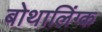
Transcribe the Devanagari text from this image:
बोथालिंग्क